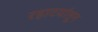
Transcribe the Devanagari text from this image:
रहाटयांतून